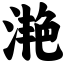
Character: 滟